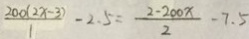
\frac { 2 0 0 ( 2 x - 3 ) } { 1 } - 2 . 5 = \frac { 2 - 2 0 0 x } { 2 } - 7 . 5